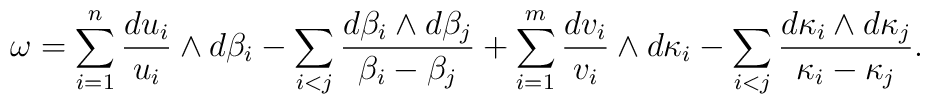
\omega= \sum_{i=1}^n \frac{du_i}{u_i}\wedge  d\beta_i-\sum_{i<j}\frac{d\beta_i\wedge d\beta_j}{\beta_i-\beta_j} +\sum_{i=1}^m \frac{dv_i}{v_i}\wedge d\kappa_i-\sum_{i<j}\frac{d\kappa_i\wedge d\kappa_j}{\kappa_i-\kappa_j}.